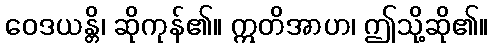
ဝေဒယန္တိ၊ ဆိုကုန်၏။ ဣတိအာဟ၊ ဤသို့ဆို၏။